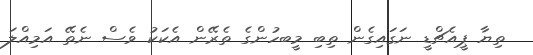
ތިޔާ ޕީއެޗްޑީ ނަގައިގެން ތިބި މީބހުންގެ ތެރޭން އެކަކު ވެސް ނެތޭ އަމިއްލަ